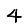
Digit: 4